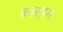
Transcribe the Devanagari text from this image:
कलहम